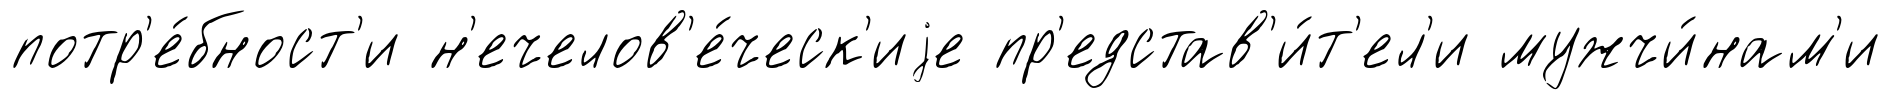
потр'е́бност'и н'ечелов'е́ческ'иjе пр'едстав'и́т'ел'и мужчи́нам'и